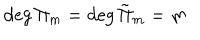
LaTeX: \deg \Pi _ { m } = \deg { \tilde { \Pi } } _ { m } = m